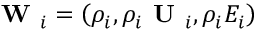
\textbf { W } _ { i } = \left( \rho _ { i } , \rho _ { i } \textbf { U } _ { i } , \rho _ { i } E _ { i } \right)